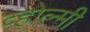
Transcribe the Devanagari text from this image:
व्होल्मी